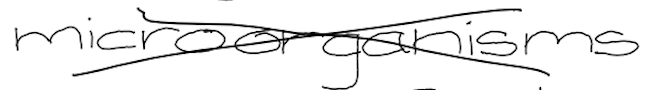
Text: microorganisms
Cross-out: cross
Writing tool: digital_black